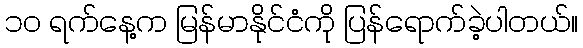
၁ဝ ရက်နေ့က မြန်မာနိုင်ငံကို ပြန်ရောက်ခဲ့ပါတယ်။